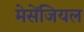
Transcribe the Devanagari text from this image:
मेसेंजियल